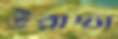
উরাদ্যা